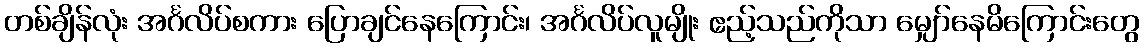
တစ်ချိန်လုံး အင်္ဂလိပ်စကား ပြောချင်နေကြောင်း၊ အင်္ဂလိပ်လူမျိုး ဧည့်သည်ကိုသာ မျှော်နေမိကြောင်းတွေ